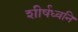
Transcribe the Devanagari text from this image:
शीर्षध्वनि